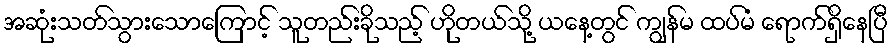
အဆုံးသတ်သွားသောကြောင့် သူတည်းခိုသည့် ဟိုတယ်သို့ ယနေ့တွင် ကျွန်မ ထပ်မံ ရောက်ရှိနေပြီ